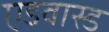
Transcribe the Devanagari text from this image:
एडवास्ड